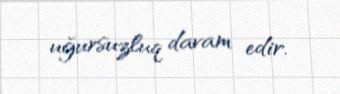
uğursuzluq davam edir.